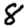
Digit: 8